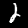
Label: 2